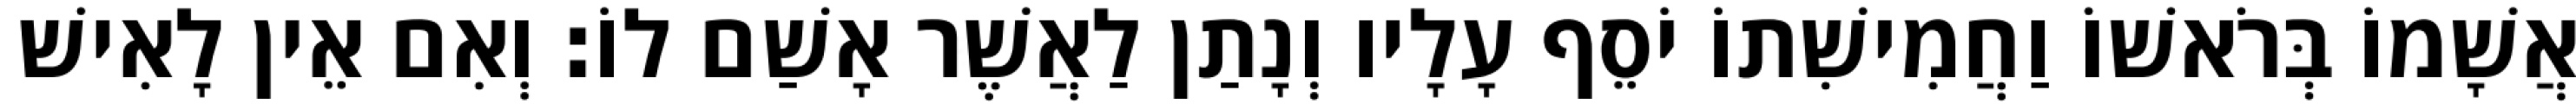
אֲשָׁמוֹ בְּרֹאשׁוֹ וַחֲמִישִׁתוֹ יֹסֵף עָלָיו וְנָתַן לַאֲשֶׁר אָשַׁם לוֹ׃ וְאִם אֵין לָאִישׁ